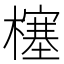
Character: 𰘷